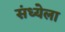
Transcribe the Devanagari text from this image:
संध्येला